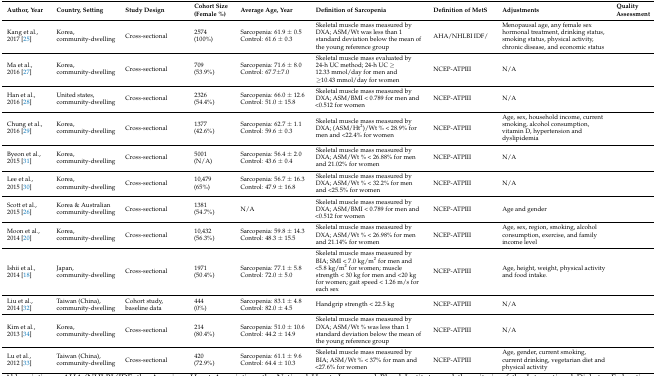
<table><thead><tr><td><b>Author, Year</b></td><td><b>Country, Setting</b></td><td><b>Study Design</b></td><td><b>Cohort Size (Female %)</b></td><td><b>Average Age, Year</b></td><td><b>Definition of Sarcopenia</b></td><td><b>Definition of MetS</b></td><td><b>Adjustments</b></td><td><b>Quality Assessment</b></td></tr></thead><tbody><tr><td>Kang et al., 2017 [25]</td><td>Korea, community-dwelling</td><td>Cross-sectional</td><td>2574 (100%)</td><td>Sarcopenia: 61.9 ± 0.5 Control: 61.6 ± 0.3</td><td>Skeletal muscle mass measured by DXA; ASM/Wt was less than 1 standard deviation below the mean of the young reference group</td><td>AHA/NHLBI IDF/</td><td>Menopausal age, any female sex hormonal treatment, drinking status, smoking status, physical activity, chronic disease, and economic status</td><td></td></tr><tr><td>Ma et al., 2016 [27]</td><td>Korea, community-dwelling</td><td>Cross-sectional</td><td>709 (53.9%)</td><td>Sarcopenia: 71.6 ± 8.0 Control: 67.7±7.0</td><td>Skeletal muscle mass evaluated by 24-h UC method; 24-h UC ≥ 12.33 mmol/day for men and ≥10.43 mmol/day for women</td><td>NCEP-ATPIII</td><td>N/A</td><td></td></tr><tr><td>Han et al., 2016 [28]</td><td>United states, community-dwelling</td><td>Cross-sectional</td><td>2326 (54.4%)</td><td>Sarcopenia: 66.0 ± 12.6 Control: 51.0 ± 15.8</td><td>Skeletal muscle mass measured by DXA; ASM/BMI &lt; 0.789 for men and &lt;0.512 for women</td><td>NCEP-ATPIII</td><td>N/A</td><td></td></tr><tr><td>Chung et al., 2016 [29]</td><td>Korea, community-dwelling</td><td>Cross-sectional</td><td>1377 (42.6%)</td><td>Sarcopenia: 62.7 ± 1.1 Control: 59.6 ± 0.3</td><td>Skeletal muscle mass measured by DXA; (ASM/Ht<sup>2</sup>)/Wt % &lt; 28.9% for men and &lt;22.4% for women</td><td>NCEP-ATPIII</td><td>Age, sex, household income, current smoking, alcohol consumption, vitamin D, hypertension and dyslipidemia</td><td></td></tr><tr><td>Byeon et al., 2015 [31]</td><td>Korea, community-dwelling</td><td>Cross-sectional</td><td>5001 (N/A)</td><td>Sarcopenia: 56.4 ± 2.0 Control: 43.6 ± 0.4</td><td>Skeletal muscle mass measured by DXA; ASM/Wt % &lt; 26.88% for men and 21.02% for women</td><td>NCEP-ATPIII</td><td>N/A</td><td></td></tr><tr><td>Lee et al., 2015 [30]</td><td>Korea, community-dwelling</td><td>Cross-sectional</td><td>10,479 (65%)</td><td>Sarcopenia: 56.7 ± 16.3 Control: 47.9 ± 16.8</td><td>Skeletal muscle mass measured by DXA; ASM/Wt % &lt; 32.2% for men and &lt;25.5% for women</td><td>NCEP-ATPIII</td><td>N/A</td><td></td></tr><tr><td>Scott et al., 2015 [26]</td><td>Korea &amp; Australian community-dwelling</td><td>Cross-sectional</td><td>1381 (54.7%)</td><td>N/A</td><td>Skeletal muscle mass measured by DXA; ASM/BMI &lt; 0.789 for men and &lt;0.512 for women</td><td>NCEP-ATPIII</td><td>Age and gender</td><td></td></tr><tr><td>Moon et al., 2014 [20]</td><td>Korea, community-dwelling</td><td>Cross-sectional</td><td>10,432 (56.3%)</td><td>Sarcopenia: 59.8 ± 14.3 Control: 48.3 ± 15.5</td><td>Skeletal muscle mass measured by DXA; ASM/Wt % &lt; 26.98% for men and 21.14% for women</td><td>NCEP-ATPIII</td><td>Age, sex, region, smoking, alcohol consumption, exercise, and family income level</td><td></td></tr><tr><td>Ishii et al., 2014 [18]</td><td>Japan, community-dwelling</td><td>Cross-sectional</td><td>1971 (50.4%)</td><td>Sarcopenia: 77.1 ± 5.8 Control: 72.0 ± 5.0 </td><td>Skeletal muscle mass measured by BIA; SMI &lt; 7.0 kg/m<sup>2</sup> for men and &lt;5.8 kg/m<sup>2</sup> for women; muscle strength &lt; 30 kg for men and &lt;20 kg for women; gait speed &lt; 1.26 m/s for each sex</td><td>NCEP-ATPIII</td><td>Age, height, weight, physical activity and food intake.</td><td></td></tr><tr><td>Liu et al., 2014 [32]</td><td>Taiwan (China), community-dwelling</td><td>Cohort study, baseline data</td><td>444 (0%)</td><td>Sarcopenia: 83.1 ± 4.8 Control: 82.0 ± 4.5</td><td>Handgrip strength &lt; 22.5 kg</td><td>NCEP-ATPIII</td><td>N/A</td><td></td></tr><tr><td>Kim et al., 2013 [34]</td><td>Korea, community-dwelling</td><td>Cross-sectional</td><td>214 (80.4%)</td><td>Sarcopenia: 51.0 ± 10.6 Control: 44.2 ± 14.9</td><td>Skeletal muscle mass measured by DXA; ASM/Wt % was less than 1 standard deviation below the mean of the young reference group</td><td>NCEP-ATPIII</td><td>N/A</td><td></td></tr><tr><td>Lu et al., 2012 [33]</td><td>Taiwan (China), community-dwelling</td><td>Cross-sectional</td><td>420 (72.9%)</td><td>Sarcopenia: 61.1 ± 9.6 Control: 64.4 ± 10.3</td><td>Skeletal muscle mass measured by BIA; ASM/Wt % &lt; 37% for man and &lt;27.6% for women</td><td>NCEP-ATPIII</td><td>Age, gender, current smoking, current drinking, vegetarian diet and physical activity</td><td></td></tr></tbody></table>